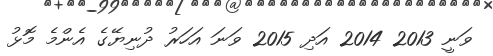
ވަނީ 2013 2014 އަދި 2015 ވަނަ އަހަރު ދުނިޔޭގެ އެންމެ މޮޅު